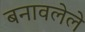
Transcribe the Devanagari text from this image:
बनावलेले